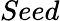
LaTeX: Seed